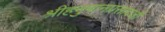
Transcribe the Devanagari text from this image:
श्रीहनुमानप्रसादजी